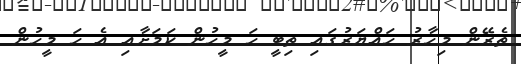
ތެރޭން މިހާރު ހައްޔަރުގައި ތިބީ ހަ މީހުން ކަމަށާއި އެ ހަ މީހުން